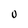
Character: O